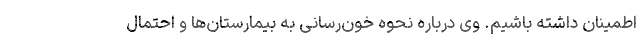
اطمینان داشته باشیم. وی درباره نحوه خون‌رسانی به بیمارستان‌ها و احتمال